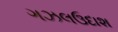
ગઝલઉદાશ